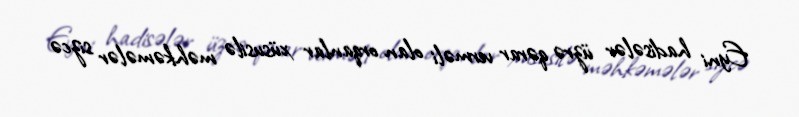
Eyni hadisələr üzrə qərar verməli olan orqanlar xüsusilə məhkəmələr sizcə